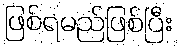
ဖြစ်ရမည်ဖြစ်ပြီး